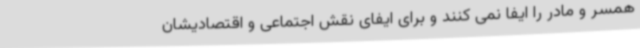
همسر و مادر را ایفا نمی کنند و برای ایفای نقش اجتماعی و اقتصادیشان